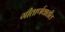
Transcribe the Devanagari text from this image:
गीतार्णवातील